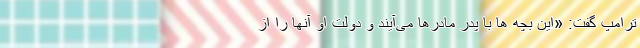
ترامپ گفت: «این بچه ها با پدر مادرها می‌آیند و دولت او آنها را از